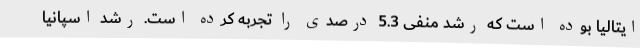
ایتالیا بوده است که رشد منفی 5.3 درصدی را تجربه کرده است. رشد اسپانیا